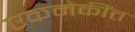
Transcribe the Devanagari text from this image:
एकमेकींत